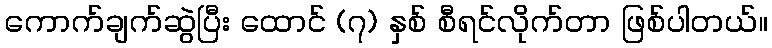
ကောက်ချက်ဆွဲပြီး ထောင် (၇) နှစ် စီရင်လိုက်တာ ဖြစ်ပါတယ်။